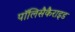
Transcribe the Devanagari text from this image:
पॉलिसैकैराइड